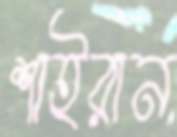
শাইরান